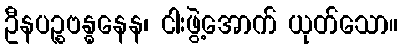
ဦနပဉ္စဗန္ဓနေန၊ ငါးဖွဲ့အောက် ယုတ်သော။